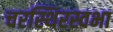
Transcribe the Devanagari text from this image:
चरस्थिरस्वभा